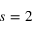
s = 2